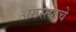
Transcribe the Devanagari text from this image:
अगस्त्याचे